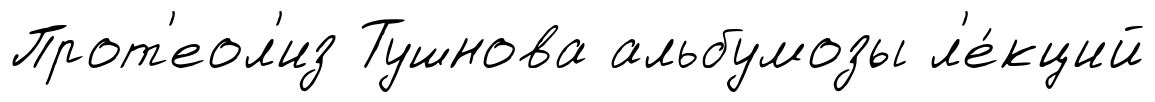
Прот'еол'из Тушнова альбумозы л'е́кций